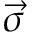
\vec { \sigma }